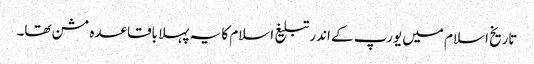
تاریخ اسلام میں یورپ کے اندر تبلیغ اسلام کا یہ پہلا باقاعدہ مشن تھا۔